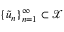
\{ \tilde { u } _ { n } \} _ { n = 1 } ^ { \infty } \subset \mathcal X